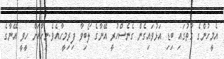
އެމީހުންގެ ގާތުގައި ބިޑި އަޅުވައިގެން ގެނެސްހުރީ އޭނާގެ ލޯބިވާ ފިރިމީހާއެވެ.ނިހާއަށް ހީވީ އޭނާގެ